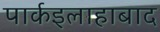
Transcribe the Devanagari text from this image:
पार्कइलाहाबाद